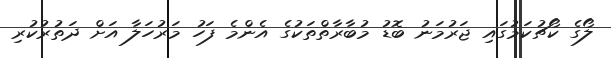
ލޯގެ ކޯޗުކަމުގައި ޖަރުމަނު ބޮޑު މުބާރާތްތަކުގެ އެންމެ ފަހު މަރުހަލާ އަށް ދަތުރުކުރި